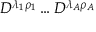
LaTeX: D ^ { \lambda _ { 1 } \rho _ { 1 } } \dots D ^ { \lambda _ { A } \rho _ { A } }